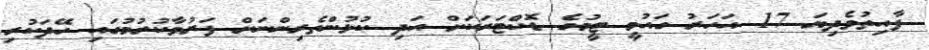
ފާއިތުވެދިޔަ 17 އަހަރު ގައުމީ ޓީމުގެ ޑޮކްޓަރަކަށް އަދި ކުޅުންތެރިންނަށް ފަރުވާކުރުމުގައި ހޭދަކުރި